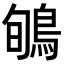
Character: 𪀽